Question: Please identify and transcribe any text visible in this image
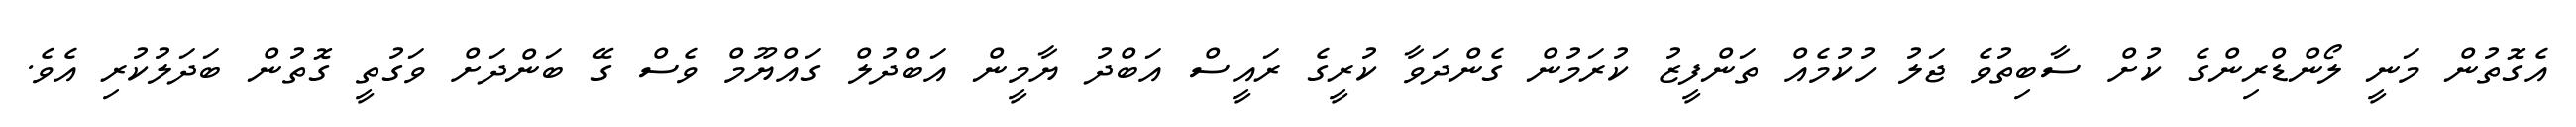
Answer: އެގޮތުން މަނީ ލޯންޑްރިންގެ ކުށް ސާބިތުވެ ޖަލު ހުކުމެއް ތަންފީޒު ކުރަމުން ގެންދަވާ ކުރީގެ ރައީސް އަބްދު ޔާމީން އަބްދުލް ގައްޔޫމް ވެސް ގޭ ބަންދަށް ވަގުތީ ގޮތުން ބަދަލުކުރި އެވެ.